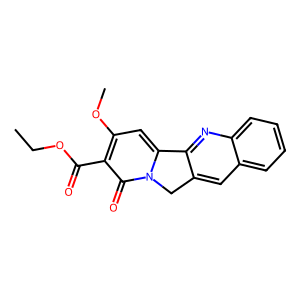
SMILES: CCOC(=O)c1c(OC)cc2n(c1=O)Cc1cc3ccccc3nc1-2
Inhibits HIV replication: No